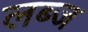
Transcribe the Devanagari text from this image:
लब्ज